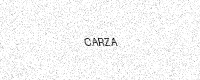
Text: CARZA